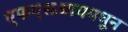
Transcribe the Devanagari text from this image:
एफएसआयमधून